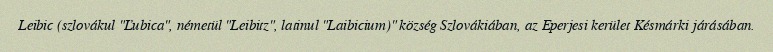
Leibic (szlovákul "Ľubica", németül "Leibitz", latinul "Laibicium)" község Szlovákiában, az Eperjesi kerület Késmárki járásában.